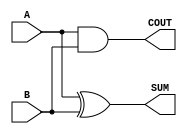
module Parameterized_Half_Adder #(
    parameter WIDTH = 1  // Default value for WIDTH is 1
)(
    input  [WIDTH-1:0] A,  // First operand
    input  [WIDTH-1:0] B,  // Second operand
    output [WIDTH-1:0] SUM, // Sum output
    output COUT             // Carry-out output
);

    // Calculate the SUM as the bitwise XOR of A and B
    assign SUM = A ^ B;

    // Calculate the COUT as the bitwise AND of A and B
    assign COUT = |(A & B); // Use reduction OR to determine if any bit position generated a carry

endmodule